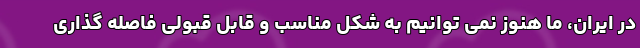
در ایران، ما هنوز نمی توانیم به شکل مناسب و قابل قبولی فاصله گذاری